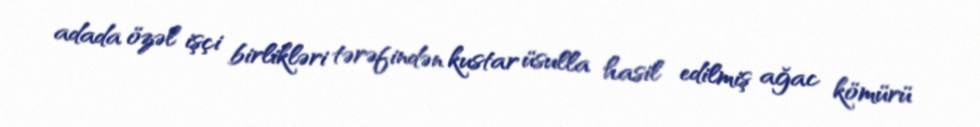
adada özəl işçi birlikləri tərəfindən kustar üsulla hasil edilmiş ağac kömürü